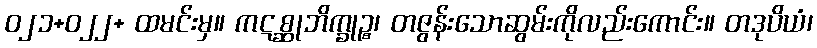
ဝ၂၁+ဝ၂၂+ ထမင်းမှ။ ကဋစ္ဆုဘိက္ခုဉ္စ၊ တဇွန်းသောဆွမ်းကိုလည်းကောင်း။ တဒုပိယံ၊